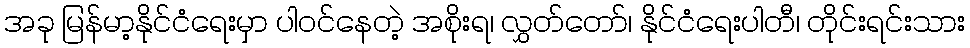
အခု မြန်မာ့နိုင်ငံရေးမှာ ပါဝင်နေတဲ့ အစိုးရ၊ လွှတ်တော်၊ နိုင်ငံရေးပါတီ၊ တိုင်းရင်းသား